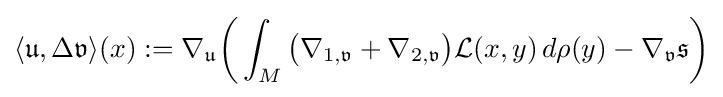
\langle {\mathfrak {u}},\Delta {\mathfrak {v}}\rangle (x):=\nabla _{\mathfrak {u}}{\bigg (}\int _{M}{\big (}\nabla _{1,{\mathfrak {v}}}+\nabla _{2,{\mathfrak {v}}}{\big )}{\mathcal {L}}(x,y)\,d\rho (y)-\nabla _{\mathfrak {v}}{\mathfrak {s}}{\bigg )}